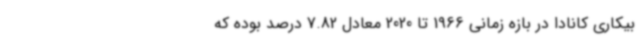
بیکاری کانادا در بازه زمانی 1966 تا 2020 معادل 7.82 درصد بوده که